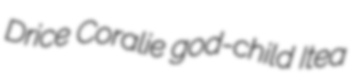
Drice Coralie god-child Itea